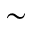
\sim